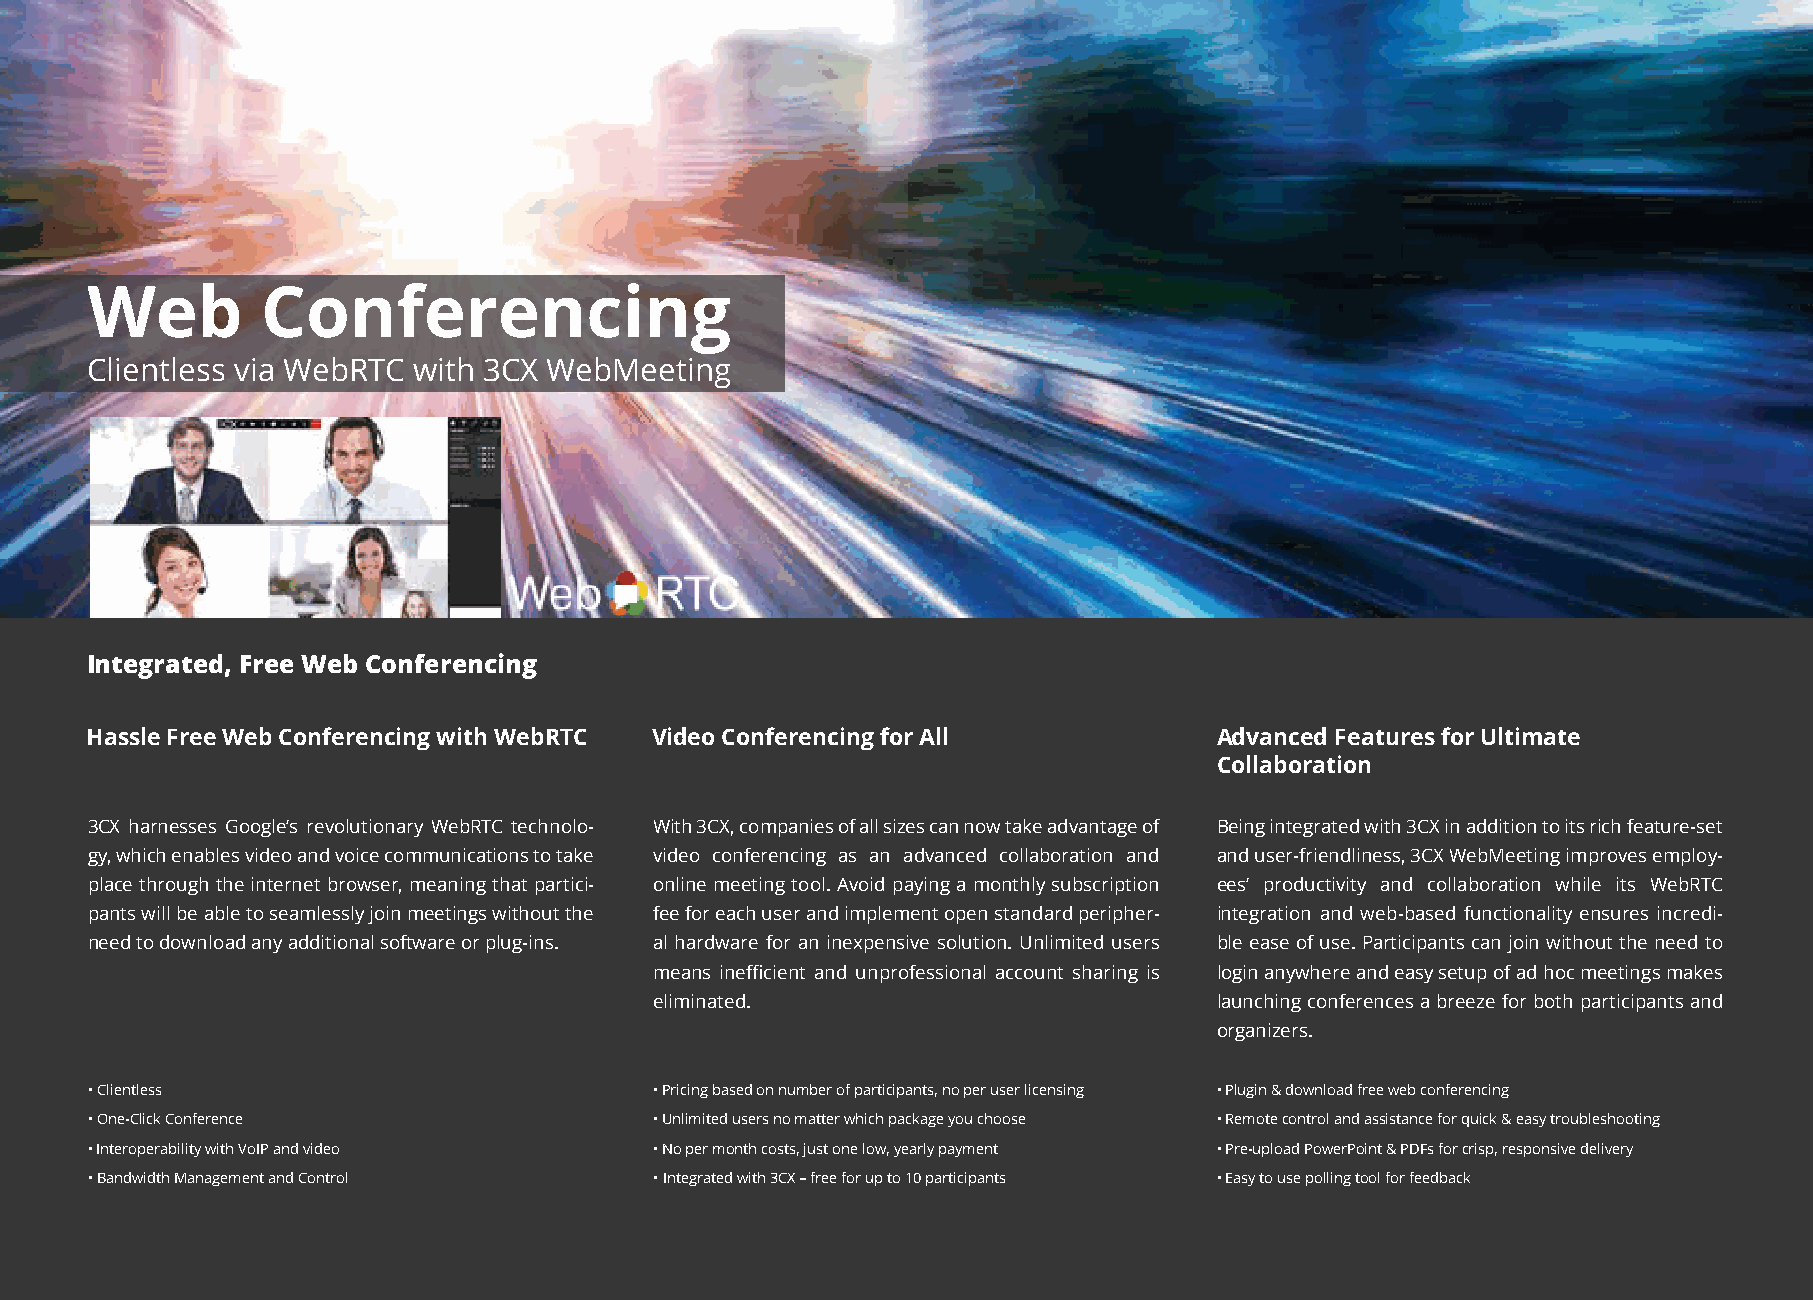
Web        Conferencing
 Clientless via WebRTC with 3CX WebMeeting
 Integrated, Free Web Conferencing
 Hassle Free Web Conferencing with WebRTC Video Conferencing for All        Advanced Features for Ultimate
 Collaboration
 3CX harnesses Google’s revolutionary WebRTC technolo- With 3CX, companies of all sizes can now take advantage of Being integrated with 3CX in addition to its rich feature-set
 gy, which enables video and voice communications to take video conferencing as an advanced collaboration and and user-friendliness, 3CX WebMeeting improves employ-
 place through the internet browser, meaning that partici- online meeting tool. Avoid paying a monthly subscription ees’ productivity and collaboration while its WebRTC
 pants will be able to seamlessly join meetings without the fee for each user and implement open standard peripher- integration and web-based functionality ensures incredi-
 need to download any additional software or plug-ins. al hardware for an inexpensive solution. Unlimited users ble ease of use. Participants can join without the need to
 means inefficient and unprofessional account sharing is login anywhere and easy setup of ad hoc meetings makes
 eliminated.                           launching conferences a breeze for both participants and
 organizers.
 • Clientless                         • Pricing based on number of participants, no per user licensing • Plugin & download free web conferencing
 • One-Click Conference               • Unlimited users no matter which package you choose • Remote control and assistance for quick & easy troubleshooting
 • Interoperability with VoIP and video • No per month costs, just one low, yearly payment • Pre-upload PowerPoint & PDFs for crisp, responsive delivery
 • Bandwidth Management and Control   • Integrated with 3CX – free for up to 10 participants • Easy to use polling tool for feedback